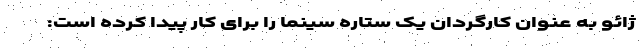
ژائو به عنوان کارگردان یک ستاره سینما را برای کار پیدا کرده است: